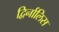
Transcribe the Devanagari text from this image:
द्विर्नालिस